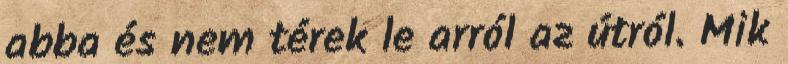
abba és nem térek le arról az útról. Mik